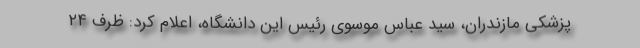
پزشکی مازندران، سید عباس موسوی رئیس این دانشگاه، اعلام کرد: ظرف ۲۴